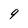
Character: 9